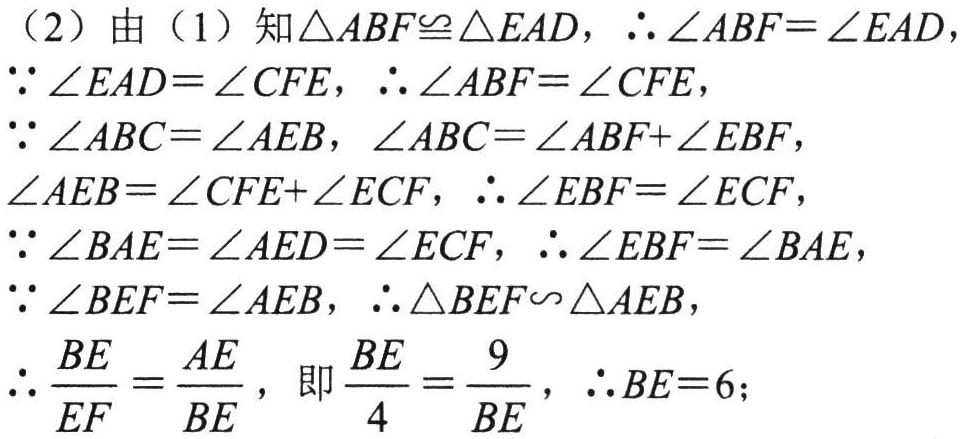
（2）由（1）知\(\triangle ABF\cong\triangle EAD\)，\(\therefore \angle ABF=\angle EAD\)，
\(\because \angle EAD=\angle CFE\)，\(\therefore \angle ABF=\angle CFE\)，
\(\because \angle ABC=\angle AEB\)，\(\angle ABC=\angle ABF+\angle EBF\)，
\(\angle AEB=\angle CFE+\angle ECF\)，\(\therefore \angle EBF=\angle ECF\)，
\(\because \angle BAE=\angle AED=\angle ECF\)，\(\therefore \angle EBF=\angle BAE\)，
\(\because \angle BEF=\angle AEB\)，\(\therefore \triangle BEF\sim\triangle AEB\)，
\(\therefore \dfrac{BE}{EF}=\dfrac{AE}{BE}\)，即\(\dfrac{BE}{4}=\dfrac{9}{BE}\)，\(\therefore BE = 6\)；